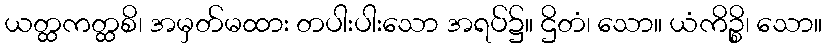
ယတ္ထကတ္ထစိ၊ အမှတ်မထား တပါးပါးသော အရပ်၌။ ဌိတံ၊ သော။ ယံကိဉ္စိ၊ သော။